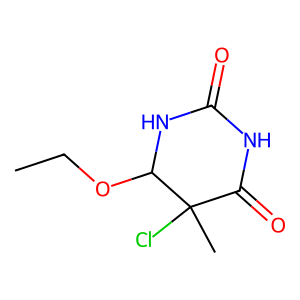
SMILES: CCOC1NC(=O)NC(=O)C1(C)Cl
Inhibits HIV replication: No